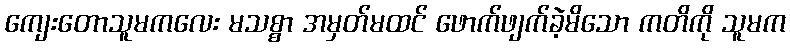
ကျေးတောသူမကလေး မသစ္စာ အမှတ်မထင် ဖောက်ဖျက်ခဲ့မိသော ကတိကို သူမက